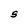
Character: S